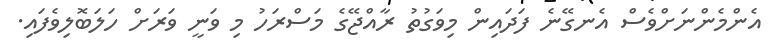
އެންމެންނަށްވެސް އެނގޭނެ ފަދައިން މިވަގުތު ރާއްޖޭގެ މަސްރަހު މި ވަނީ ވަރަށް ހަލަބޮލިވެފައި.